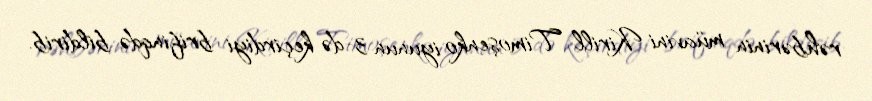
rəhbərinin müavini Kirill Timoşenko iyunun 3-də keçirdiyi brifinqdə bildirib.